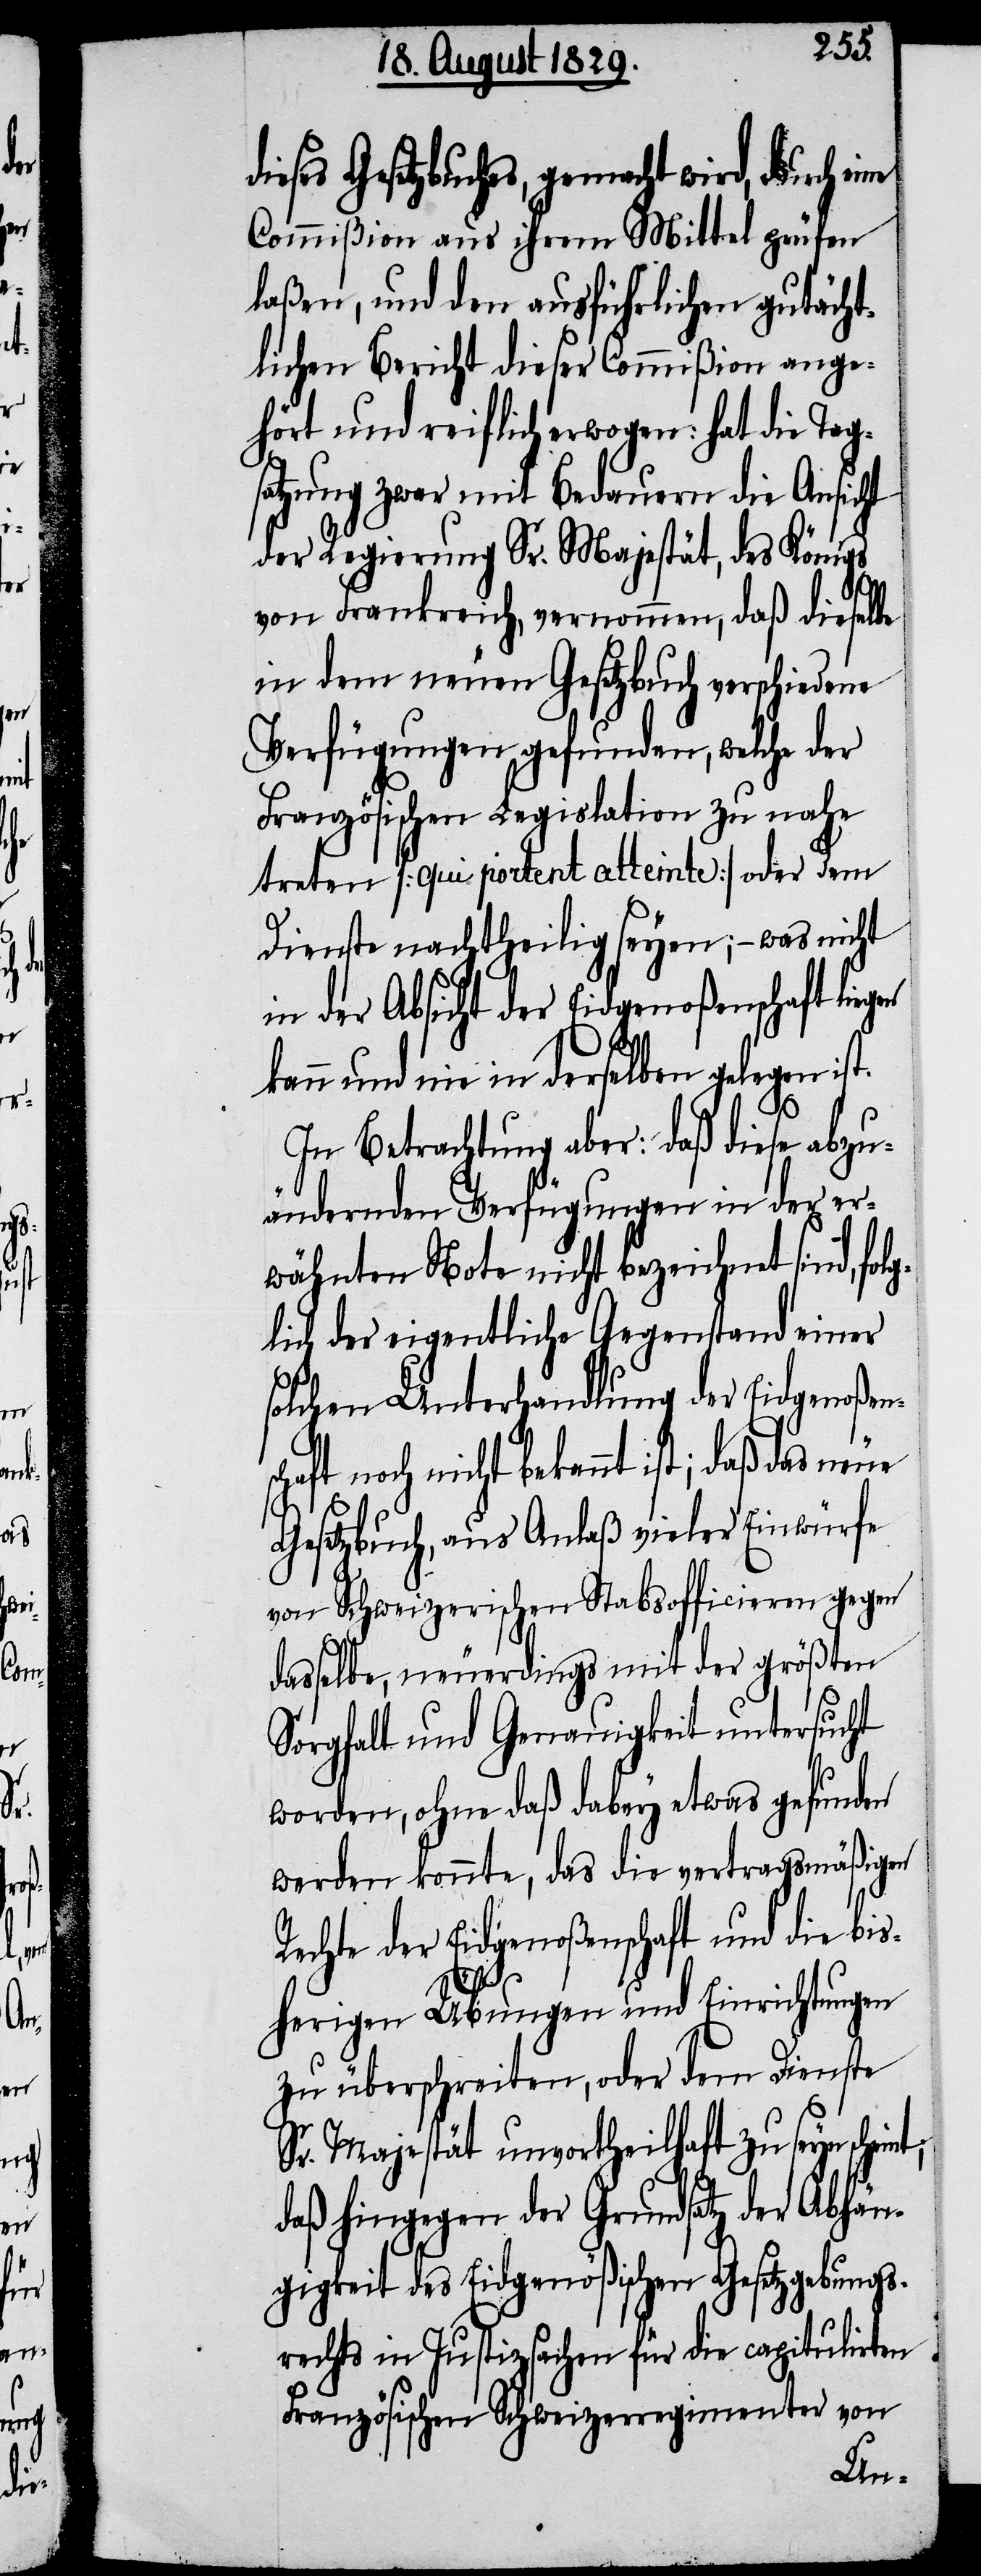
nt;

neue

dieses Gesetzbuches, gemacht wird, durch ei¬
Commißion aus ihrem Mittel prüfen
laßen, und den ausführlichen gutächt¬
lichen Bericht dieser Commißion ange¬
hört und reiflich erwogen: hat die Tag¬
satzung zwar mit Bedauern die Ansicht
der Regierung Sr. Majestät, des Königs
von Frankreich, vernommen, daß dieselbe
in dem neuen Gesetzbuch verschiedene
Verfügungen gefunden, welche der
Französischen Legislation zu nahe
treten [qui portent atteinte] oder dem
Dienste nachttheilig seyen; – was nicht
in der Abicht der Eidgenoßenschaft lie¬
kann und nie in derselben gelegen is¬
t.
In Betrachtung aber: daß diese abzu¬
ändernden Verfügungen in der er¬
wähnten Note nicht bezeichnet sind, folg¬
lich der eigentliche Gegenstand einer
solchen Unterhandlung der Eidgenoßen¬
schaft noch nicht bekannt ist; daß
Gesetzbuch, aus Anlaß vieler Einwürfe
von Schweizerischen Stabsofficieren gegen
dasselbe, neuerdings mit der größten
Sorgfalt und Genauigkeit untersucht
worden, ohne daß dabey etwas gefunden
werden konnte, das die vertragsmäßigen
Rechte der Eidgenoßenschaft und die bis¬
herigen Übungen und Einrichtungen
zu überschreiten, oder dem Dienste
Sr. Majestät unvortheilhaft zu seyn schei¬
daß hingegen der Grundsatz der Abhän¬
gigkeit des Eidgenößischen Gesetzgebungs¬
rechts in Justizsachen für die capitulirten
Französischen Schweizerregimenter von